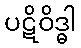
ပဋိဝိဒ္ဓါ